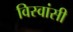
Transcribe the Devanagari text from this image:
विस्‍वांसी